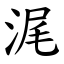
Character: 浘